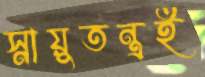
স্নায়ুতন্ত্রই